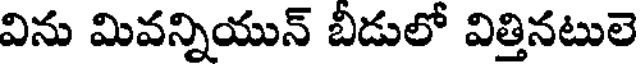
విను మివన్నియున్ బీడులో విత్తినటులె